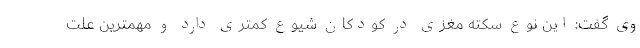
وی گفت: این نوع سکته مغزی در کودکان شیوع کمتری دارد و مهمترین علت